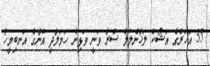
35 އަހަރުގެ އަޝޯކް ލަޚާންލަލް ސުރާ ވަނީ ވަޅިން ހަމަލާދީ އޭނާގެ އަނބިމީހާ